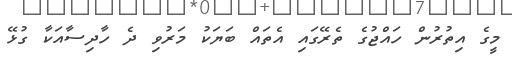
މީގެ އިތުރުން ހައްޖުގެ ތެރޭގައި އެތައް ބަޔަކު މަރުވި ދެ ހާދިސާއަކާ ގުޅޭ